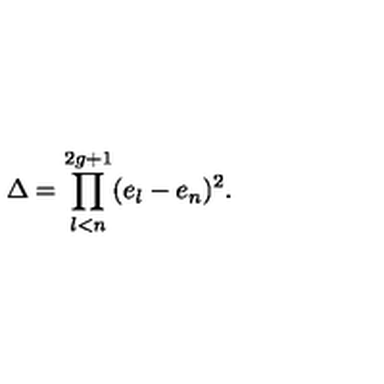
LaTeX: \Delta = \prod _ { l < n } ^ { 2 g + 1 } ( e _ { l } - e _ { n } ) ^ { 2 } .